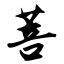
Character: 菩